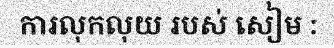
ការលុកលុយ របស់ សៀម :